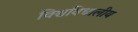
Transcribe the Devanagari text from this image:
विश्वविधालीय